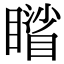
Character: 𥋐